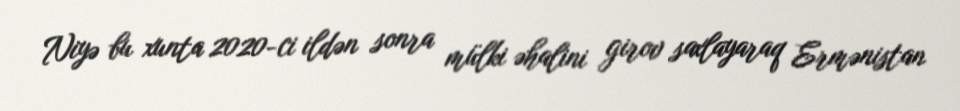
Niyə bu xunta 2020-ci ildən sonra mülki əhalini girov saxlayaraq Ermənistan